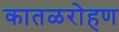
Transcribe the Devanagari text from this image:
कातळरोहण